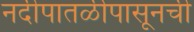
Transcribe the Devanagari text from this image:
नदीपातळीपासूनची